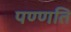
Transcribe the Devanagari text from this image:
पण्णति